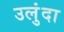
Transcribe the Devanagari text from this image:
उलुंदा